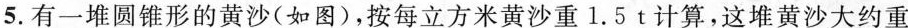
5.有一堆圆锥形的黄沙(如图)，按每立方米黄沙重1.5t计算，这堆黄沙大约重